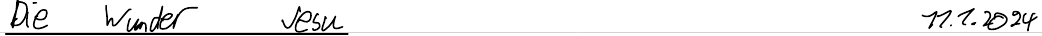
Die Wunder Jesu    11.1.2024